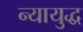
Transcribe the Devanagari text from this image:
न्यायुद्ध